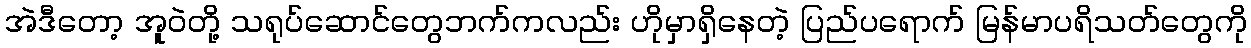
အဲဒီတော့ အူဝဲတို့ သရုပ်ဆောင်တွေဘက်ကလည်း ဟိုမှာရှိနေတဲ့ ပြည်ပရောက် မြန်မာပရိသတ်တွေကို